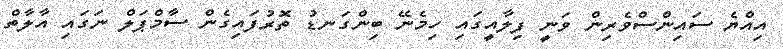
އިއްޔެ ސައިންސްވެރިން ވަނީ ފިލާއީގައި ހިމެނޭ ބިންގަނޑު ތޮރުފައިގެން ސާމްޕަލް ނަގައި އާލާތް